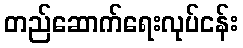
တည်ဆောက်ရေးလုပ်ငန်း